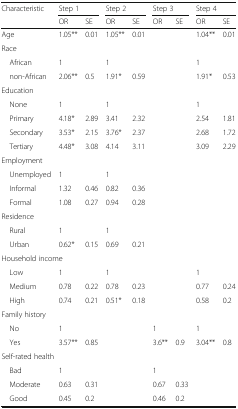
<table><thead><tr><td rowspan="2"><b>Characteristic</b></td><td colspan="2"><b>Step 1</b></td><td colspan="2"><b>Step 2</b></td><td colspan="2"><b>Step 3</b></td><td colspan="2"><b>Step 4</b></td></tr><tr><td><b>OR</b></td><td><b>SE</b></td><td><b>OR</b></td><td><b>SE</b></td><td><b>OR</b></td><td><b>SE</b></td><td><b>OR</b></td><td><b>SE</b></td></tr></thead><tbody><tr><td>Age</td><td>1.05**</td><td>0.01</td><td>1.05**</td><td>0.01</td><td></td><td></td><td>1.04**</td><td>0.01</td></tr><tr><td colspan="9">Race</td></tr><tr><td> African</td><td>1</td><td></td><td>1</td><td></td><td></td><td></td><td>1</td><td></td></tr><tr><td> non-African</td><td>2.06**</td><td>0.5</td><td>1.91*</td><td>0.59</td><td></td><td></td><td>1.91*</td><td>0.53</td></tr><tr><td colspan="9">Education</td></tr><tr><td> None</td><td>1</td><td></td><td>1</td><td></td><td></td><td></td><td>1</td><td></td></tr><tr><td> Primary</td><td>4.18*</td><td>2.89</td><td>3.41</td><td>2.32</td><td></td><td></td><td>2.54</td><td>1.81</td></tr><tr><td> Secondary</td><td>3.53*</td><td>2.15</td><td>3.76*</td><td>2.37</td><td></td><td></td><td>2.68</td><td>1.72</td></tr><tr><td> Tertiary</td><td>4.48*</td><td>3.08</td><td>4.14</td><td>3.11</td><td></td><td></td><td>3.09</td><td>2.29</td></tr><tr><td colspan="9">Employment</td></tr><tr><td> Unemployed</td><td>1</td><td></td><td>1</td><td></td><td></td><td></td><td></td><td></td></tr><tr><td> Informal</td><td>1.32</td><td>0.46</td><td>0.82</td><td>0.36</td><td></td><td></td><td></td><td></td></tr><tr><td> Formal</td><td>1.08</td><td>0.27</td><td>0.94</td><td>0.28</td><td></td><td></td><td></td><td></td></tr><tr><td colspan="9">Residence</td></tr><tr><td> Rural</td><td>1</td><td></td><td>1</td><td></td><td></td><td></td><td></td><td></td></tr><tr><td> Urban</td><td>0.62*</td><td>0.15</td><td>0.69</td><td>0.21</td><td></td><td></td><td></td><td></td></tr><tr><td colspan="9">Household income</td></tr><tr><td> Low</td><td>1</td><td></td><td>1</td><td></td><td></td><td></td><td>1</td><td></td></tr><tr><td> Medium</td><td>0.78</td><td>0.22</td><td>0.78</td><td>0.23</td><td></td><td></td><td>0.77</td><td>0.24</td></tr><tr><td> High</td><td>0.74</td><td>0.21</td><td>0.51*</td><td>0.18</td><td></td><td></td><td>0.58</td><td>0.2</td></tr><tr><td colspan="9">Family history</td></tr><tr><td> No</td><td>1</td><td></td><td></td><td></td><td>1</td><td></td><td>1</td><td></td></tr><tr><td> Yes</td><td>3.57**</td><td>0.85</td><td></td><td></td><td>3.6**</td><td>0.9</td><td>3.04**</td><td>0.8</td></tr><tr><td colspan="9">Self-rated health</td></tr><tr><td> Bad</td><td>1</td><td></td><td></td><td></td><td>1</td><td></td><td></td><td></td></tr><tr><td> Moderate</td><td>0.63</td><td>0.31</td><td></td><td></td><td>0.67</td><td>0.33</td><td></td><td></td></tr><tr><td> Good</td><td>0.45</td><td>0.2</td><td></td><td></td><td>0.46</td><td>0.2</td><td></td><td></td></tr></tbody></table>